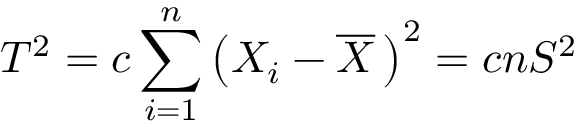
T ^ { 2 } = c \sum _ { i = 1 } ^ { n } \left( X _ { i } - { \overline { { X } } } \, \right) ^ { 2 } = c n S ^ { 2 }